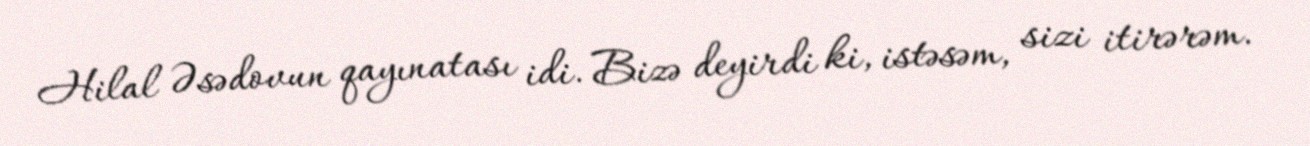
Hilal Əsədovun qayınatası idi. Bizə deyirdi ki, istəsəm, sizi itirərəm.